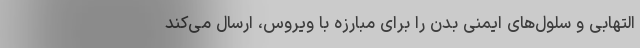
التهابی و سلول‌های ایمنی بدن را برای مبارزه با ویروس، ارسال می‌کند